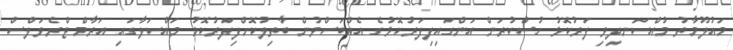
މައުލޫމާތު މުއްސަނދިވި ފަރުކޮޅު ހުސްކުރަން އަންގައިފިފަރުކޮޅުގެ އެއްބަސްވުން ބާތިލުކޮށްފިފަރުކޮޅު މައްސަލާގައި އަރާމް ޓްރެވަލްސް